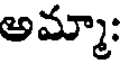
అమ్మా: